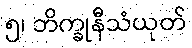
၅၊ ဘိက္ခုနီသံယုတ်